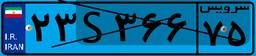
۲۳S۳۶۶۷۵